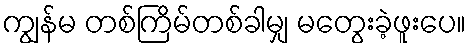
ကျွန်မ တစ်ကြိမ်တစ်ခါမျှ မတွေးခဲ့ဖူးပေ။